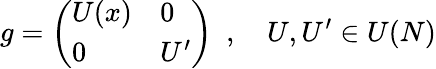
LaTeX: g=\left(\begin{array}{ll}{{U(x)}}&{{0}}\\ {{0}}&{{U^{\prime}}}\end{array}\right)\, \, \, ,\, \, \, \, \, \, U,U^{\prime}\in U(N)